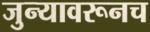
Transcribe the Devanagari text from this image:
जुन्यावरूनच